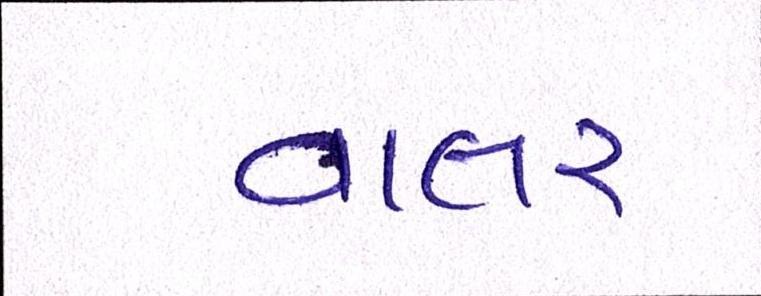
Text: વાલર